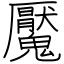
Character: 魘